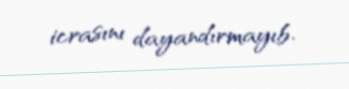
icrasını dayandırmayıb.